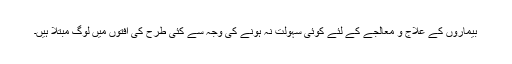
بیماروں کے علاج و معالجے کے لئے کوئی سہولت نہ ہونے کی وجہ سے کئی طرح کی آفتوں میں لوگ مبتلا ہیں۔